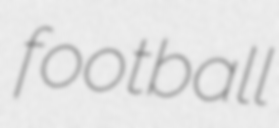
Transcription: football